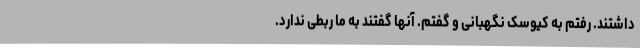
داشتند. رفتم به کیوسک نگهبانی و گفتم. آنها گفتند به ما ربطی ندارد.